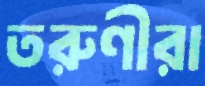
তরুণীরা